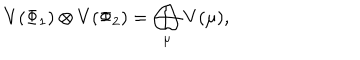
LaTeX: V ( \Phi _ { 1 } ) \otimes V ( \Phi _ { 2 } ) = \bigoplus _ { \mu } V ( \mu ) ,